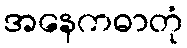
အနေကဓာတုံ